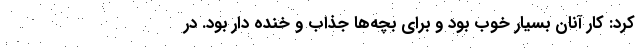
کرد: کار آنان بسیار خوب بود و برای بچه‌ها جذاب و خنده دار بود. در